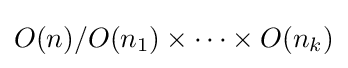
O(n)/O(n_{1})\times \cdots \times O(n_{k})